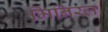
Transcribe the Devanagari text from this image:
मिनिरल